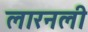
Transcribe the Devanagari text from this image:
लारनली